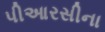
પીઆરસીના